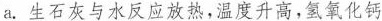
a.生石灰与水反应放热，温度升高，氢氧化钙